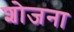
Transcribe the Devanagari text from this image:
शोजना